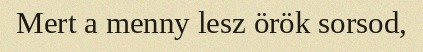
Mert a menny lesz örök sorsod,